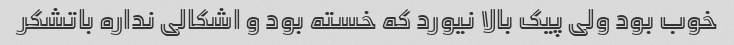
خوب بود ولی پیک بالا نیورد که خسته بود و اشکالی نداره باتشکر